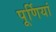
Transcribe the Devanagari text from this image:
पूर्णियां